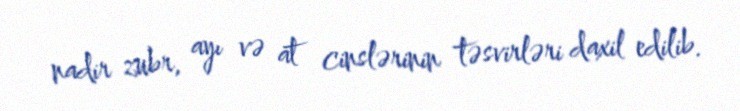
nadir zubr, ayı və at cinslərinin təsvirləri daxil edilib.